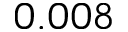
0 . 0 0 8